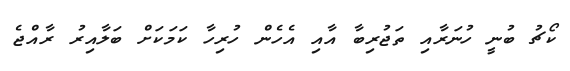
ކޯޗު ބުނީ ހުނަރާއި ތަޖުރިބާ އާއި އެހެން ހުރިހާ ކަމަކަށް ބަލާއިރު ރާއްޖެ